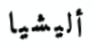
أليشيا